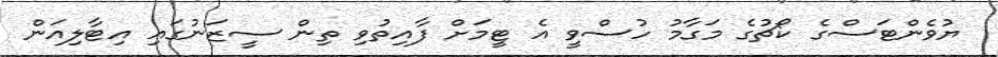
ޔުވެންޓަސްގެ ކޯޗުގެ މަގާމު ހުސްވީ އެ ޓީމަށް ފާއިތުވި ތިން ސީޒަނުގައި އިޓާލިއަން